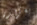
بغزارة